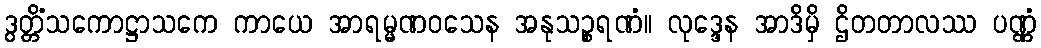
ဒွတ္တိံသကောဋ္ဌာသကေ ကာယေ အာရမ္မဏဝသေန အနုသဉ္စရဏံ။ လုဒ္ဒေန အာဒိမှိ ဌိတတာလဿ ပဏ္ဏံ